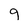
Character: 9